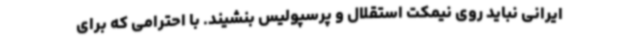
ایرانی نباید روی نیمکت استقلال و پرسپولیس بنشیند. با احترامی که برای